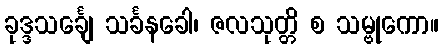
ခုဒ္ဒသင်္ချေ သင်္ခနခေါ၊ ဇလသုတ္တိ စ သမ္ဗုကော။